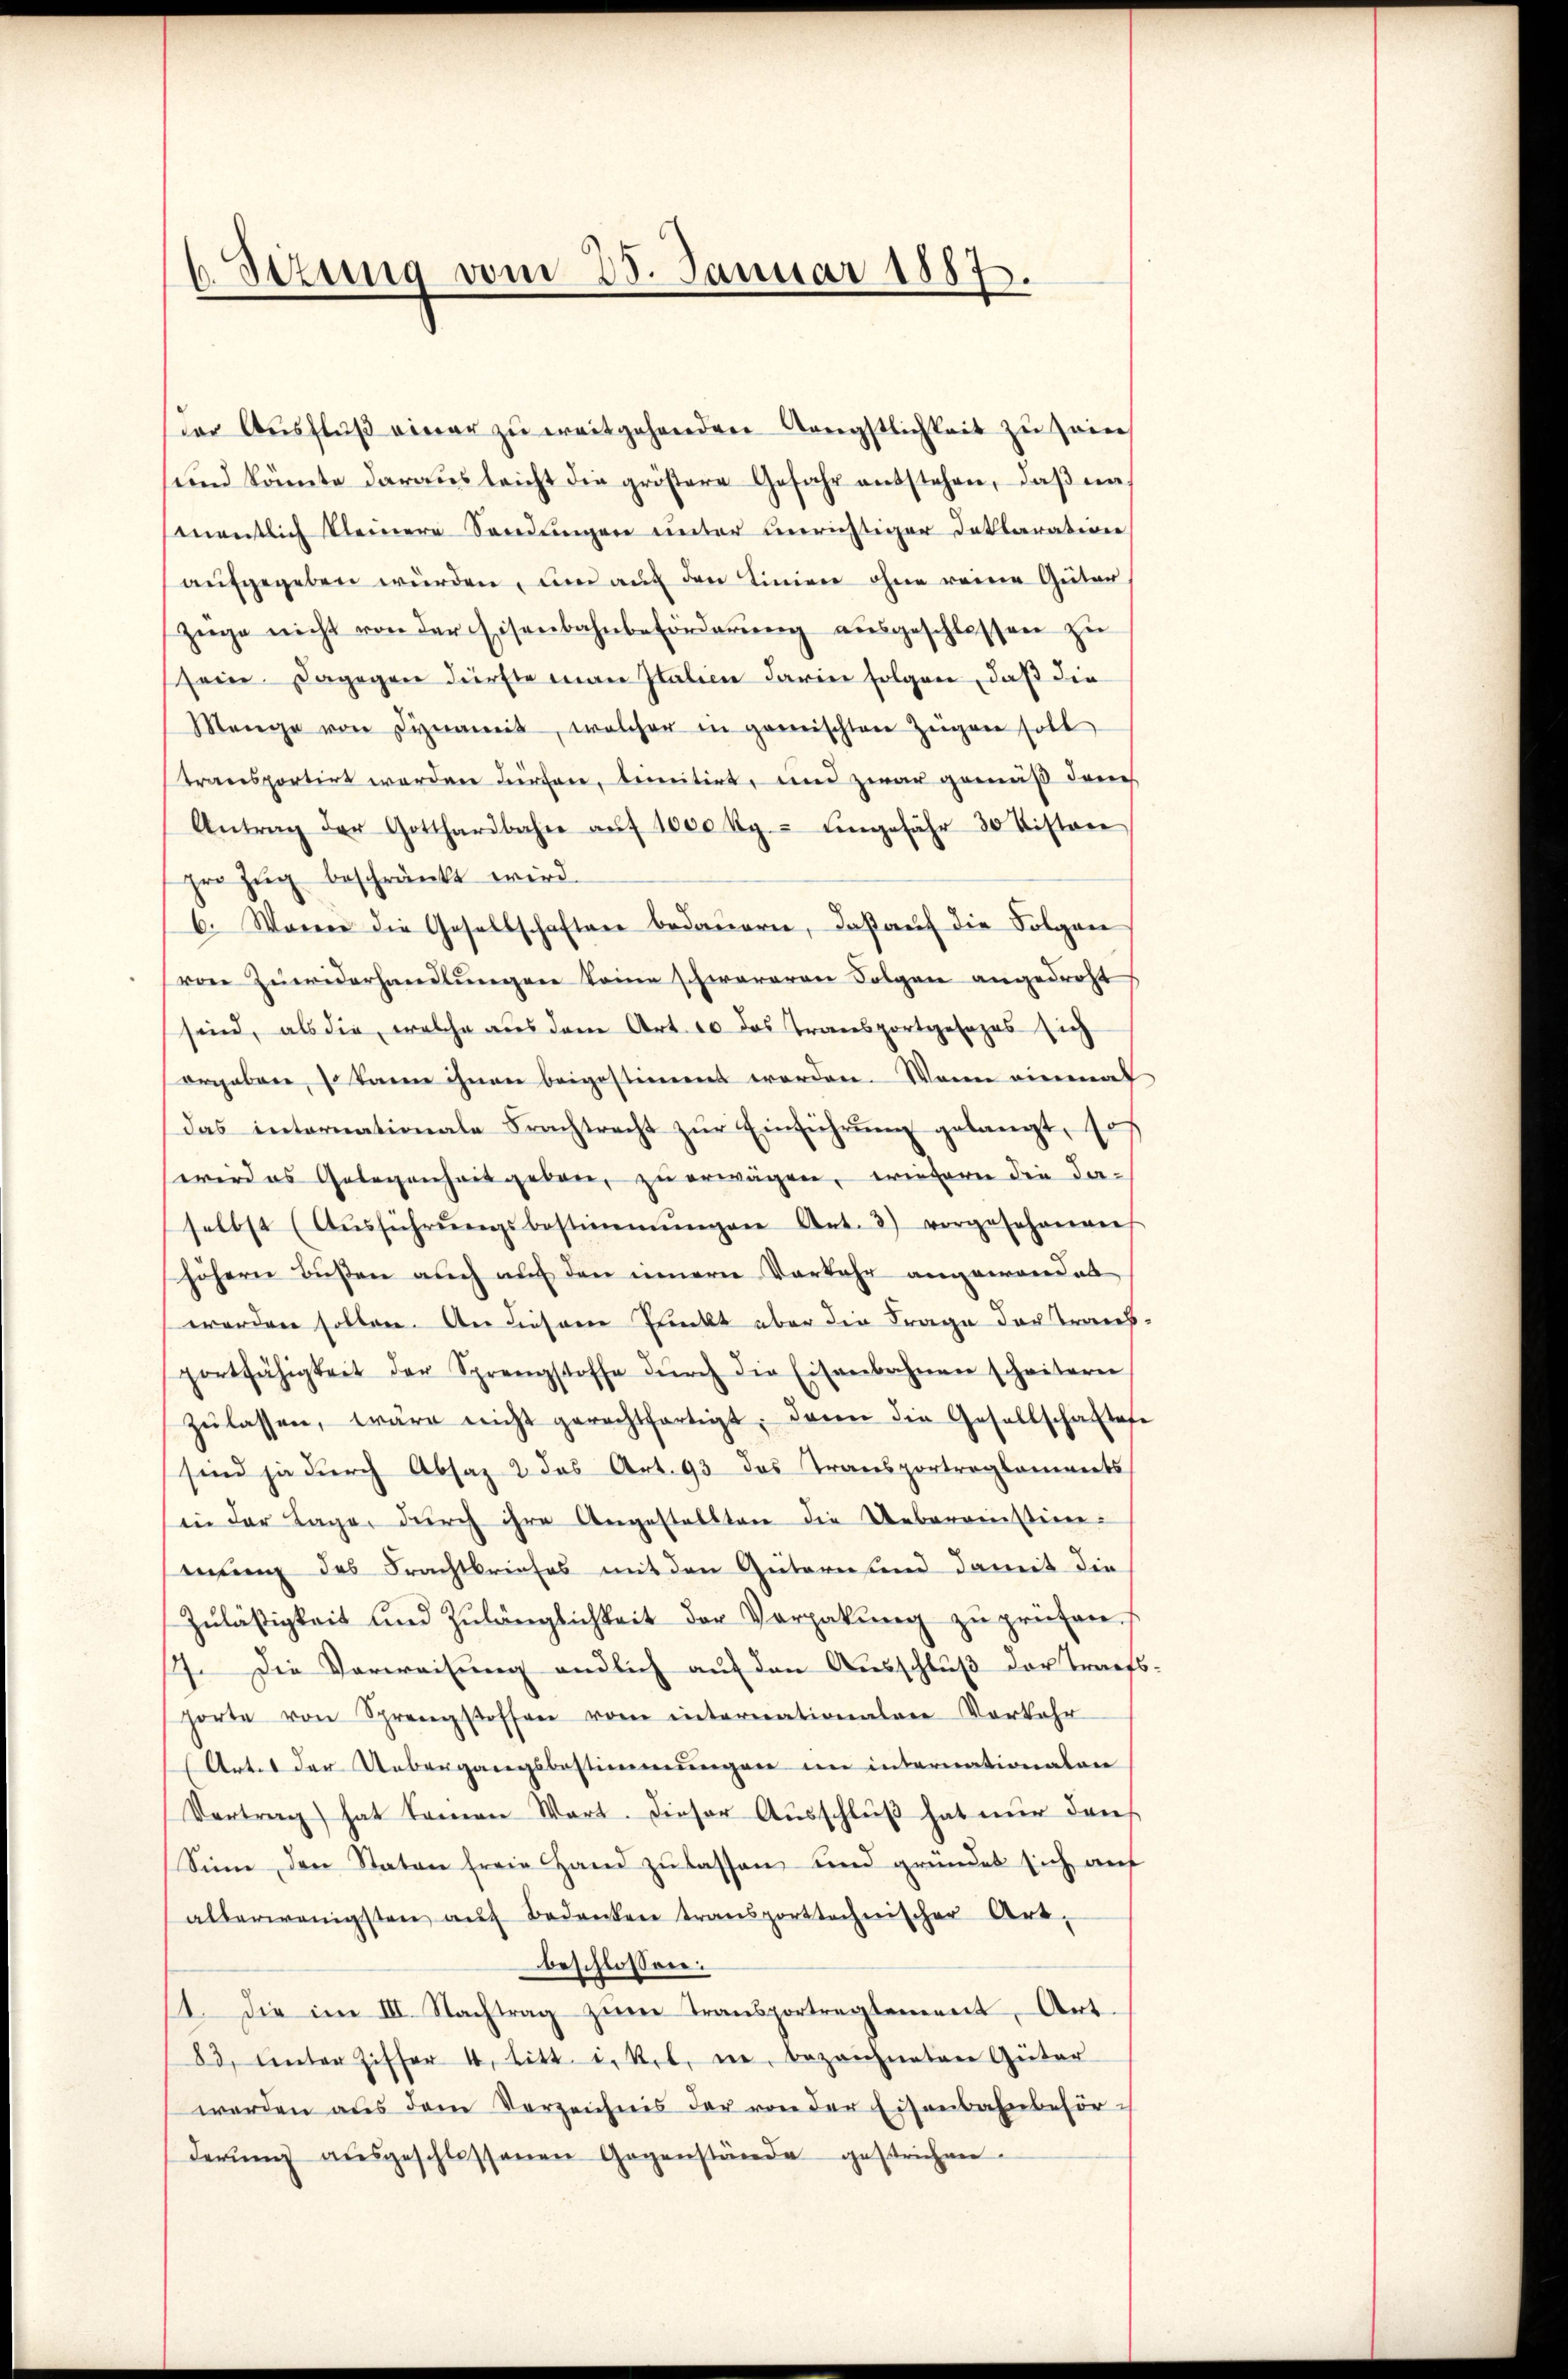
Sizung vom 25. Januar 1887

der Aŭsflŭβ einer zu ereitgehenden Angstlichkeit zu seine
sund könnte daraus leicht die größere Gefahr entstehen, daß na
mentlich kleinere Sandŭngen ŭnter unrichtiger Deklaration
aŭfgegeben würden, und auf den Linien ohne reine Güter
Züge nicht von der Eisenbahnbeförderŭng aŭsgeschlossen zu
sein. Dagegen dürfte man Italien darin folgen, daß die
Menge von Dynamit, welcher in gemischten Zeigen soll
transportirt werden dürfen, bemitirt, und zwar gemäß danch
Antrag der Gotthardbahn aŭf 1000 Rg. ŭngefähr 30 distan
pro Zug beschränkt wird.
6. Waren die Gesellschaften bedauern, daß auf die Folgen
vone Zuwiderhandlungen keine schwereren Folgen angedroht
sind, als die, welche aus dem Art. 10 das Transportgesezes sich
ergaben, so kann ihnen beigestimmt worden. Wenn einmal
das internationale Frachtracht zŭr Einführŭng gelangt, so
wird es Gelegenheit geben, zu erwägen, wiedern die da-
selbst (Aŭsführŭngsbestimmungen Art. 3) vorgesehenen
höhern Bußen auch auf den innern Vorkehr angewandel
worden sollen. An diesem Pluckt aber die Frage der Transportfähigkeit der Sprengstoffe dŭrch die Eisenbahnen scheiteren
zŭlassen, wäre nicht gerechtfertigt. Dann die Gesellschaftese
sind ja durch Absaz 2 das Art. 93 das Transportreglements
in der Lage, durch ihre Angestellten die Uebereinstimeiung des Frachtbriefes mit den Gütern und damit die
Zŭläßigkeit und Zŭlänglichkeit der Verpakŭng zŭ prüfen.
7. Die Verweisung endlich auf den Ausschluß der Traufs-
horte von Sprengstoffen vom internationalen Vorkehr
Artes der Uebergangsbestimmungen im internationalen
Vertrag) hat kamen Wart. Dieser Aŭsschlŭβ hat nŭr den
Sinn den Staten freie Hand zŭ lassen und gründet sich auf
allerwenigsten aŭf Bedanken transporttechnischer Art.
beschlossen:
14. die im III. Nachtrag zŭm Transportreglement, Art.
83, unter Ziffer 4. litt. u. Kot. n. bezeichneten Güter
werden aŭs dem Verzeichnis der von der Eisenbahnbehörderŭng aŭsgeschlossenen Gegenstände gestrichen.